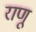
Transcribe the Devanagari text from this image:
राणू